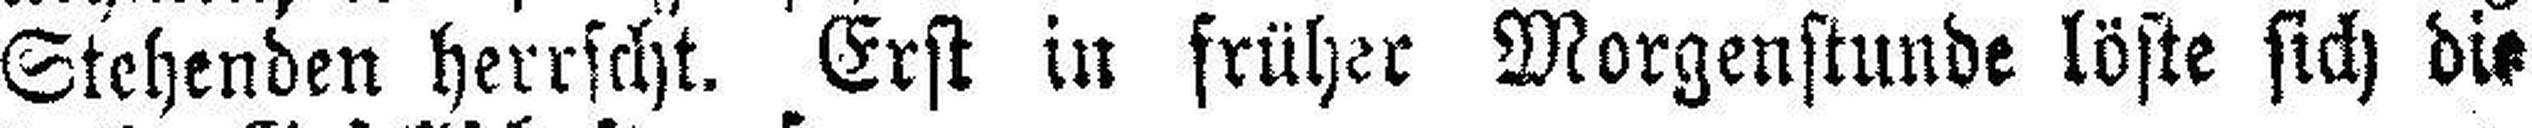
Stehenden herrscht. Erst in früher Morgenstunde löste sich die